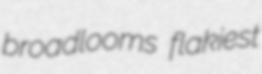
broadlooms flakiest